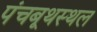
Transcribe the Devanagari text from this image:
पंचबूथस्थल